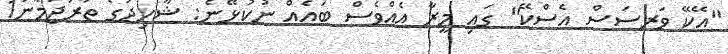
"އޭކޭ ވަރސަސް އެސްކޭ" ގައި މީރާ އެއްވެސް ބައެއް ނުކުޅޭނެ: ޝާހިދުގެ ތަރުޖަމާނު1